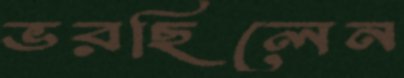
ভরছিলেন